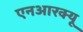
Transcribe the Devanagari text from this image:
एनआरक्यू